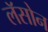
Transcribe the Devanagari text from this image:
लॅसोन